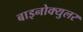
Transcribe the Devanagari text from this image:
बाइनोक्युलर